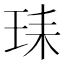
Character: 𰡺